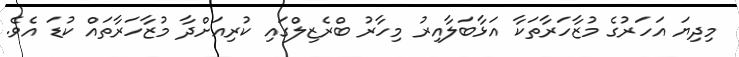
މިދިޔަ އަހަރުގެ މުޒާހަރާތަކާ އަޅާބަލާއިރު މިހާރު ބްރެޒިލްގައި ކުރިއަށްދާ މުޒާހަރާތައް ކުޑަ އެވެ.